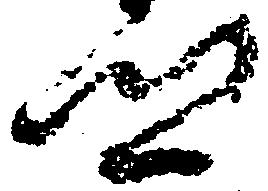
郷